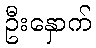
ဦးနှောက်